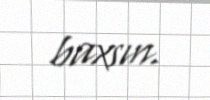
baxsın.